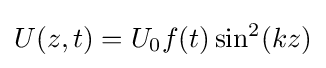
U(z,t)=U_{0}f(t)\sin ^{2}(kz)